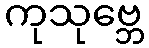
ကုသုဗ္ဘေ